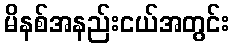
မိနစ်အနည်းငယ်အတွင်း